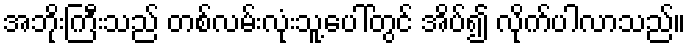
အဘိုးကြီးသည် တစ်လမ်းလုံးသူ့ပေါ်တွင် အိပ်၍ လိုက်ပါလာသည်။